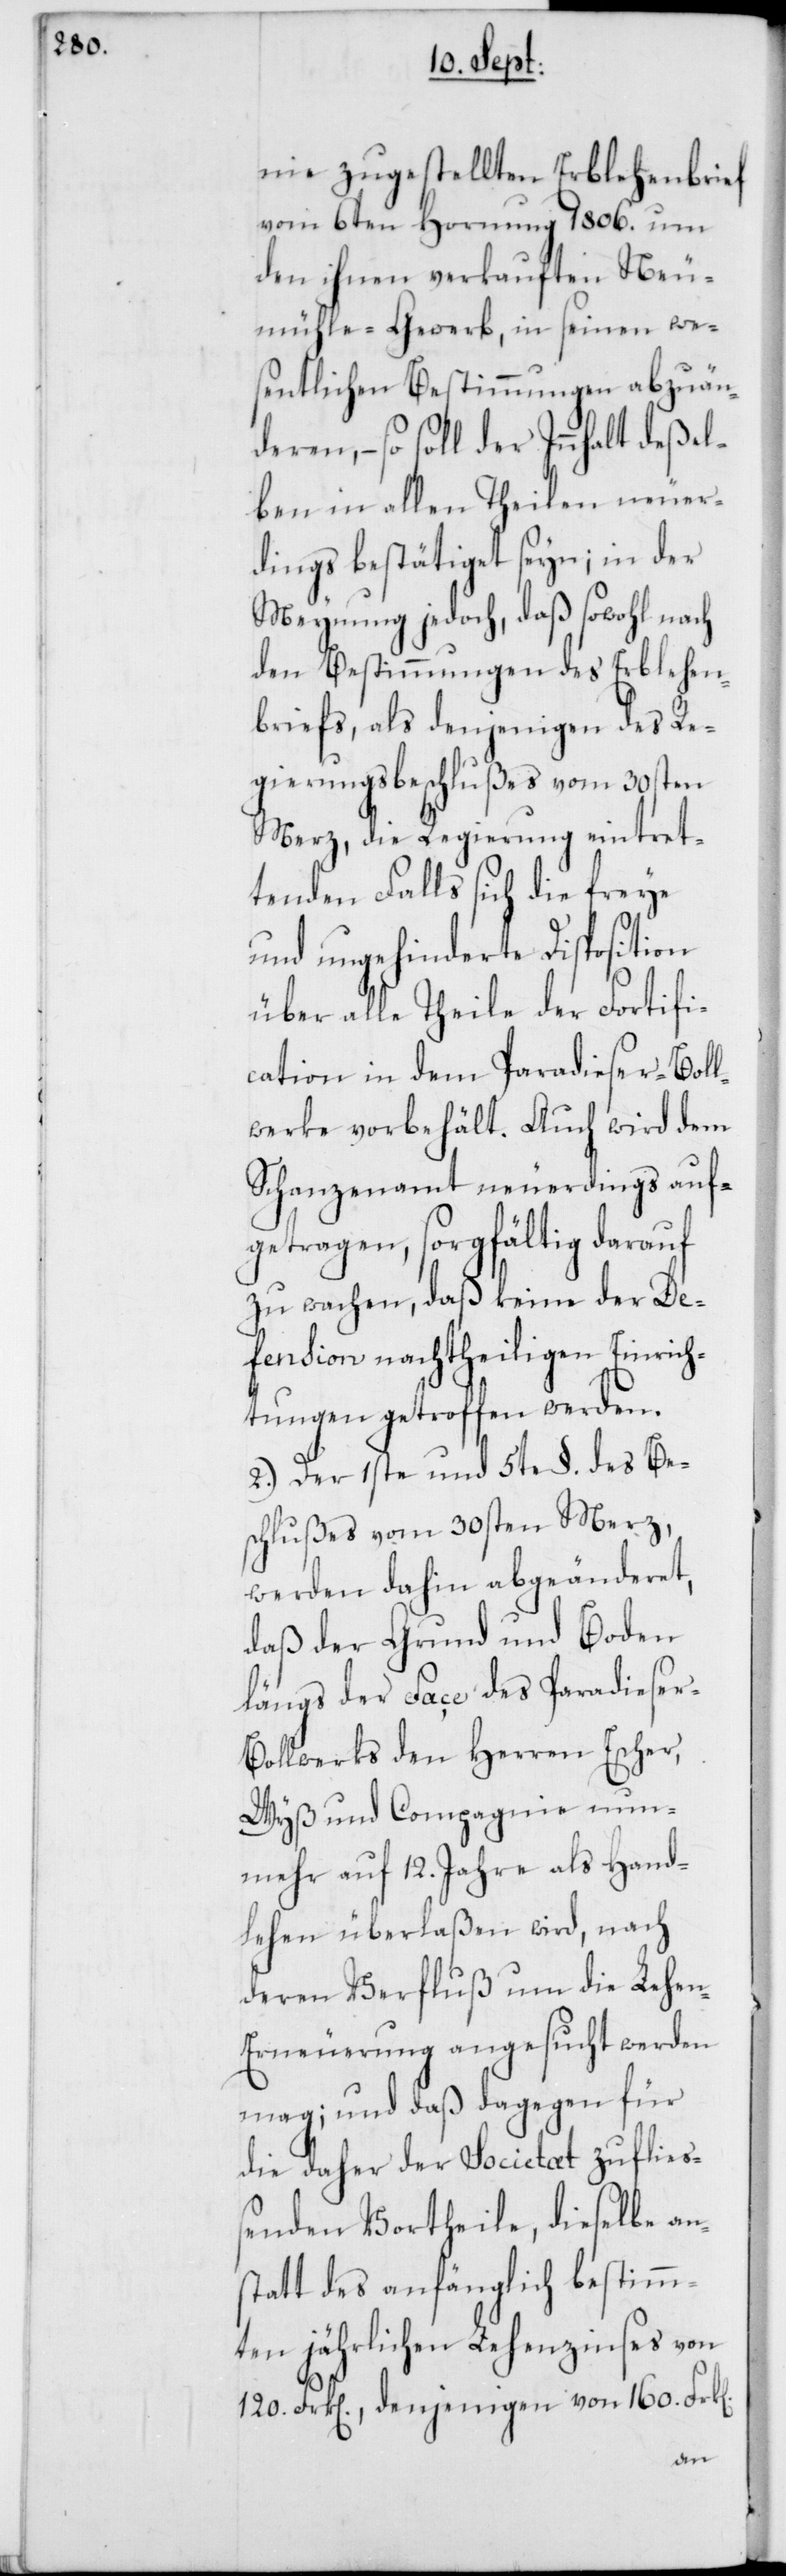
nie zugestellten Erblehenbrief
vom 6ten Hornung 1806. um
den ihnen verkauften Neu¬
mühle-Gewerb, in seinen we¬
sentlichen Bestimmungen abzuän¬
deren, – so soll der Innhalt deßel¬
ben in allen Theilen neuer¬
dings bestätiget seyn; in der
Meynung jedoch, daß sowohl nach
den Bestimmungen des Erblehen¬
briefs, als denjenigen des Re¬
gierungsbeschlußes vom 30sten
Merz, die Regierung eintret¬
tenden Falls sich die freye
und ungehinderete Disposition
über alle Theile der Fortifi¬
cation in dem Paradieser-Boll¬
werke vorbehält. Auch wird dem
Schanzenamt neuerdings auf¬
getragen, sorgfältig darauf
zu wachen, daß keine der De¬
fension nachtheiligen Einrich¬
tungen getroffen werden.
2.) Der 1ste und 5te §. des Be¬
schlußes vom 30sten Merz,
werden dahin abgeänderet,
daß der Grund und Boden
längs der Face des Paradieser-B¬
ollwerks den Herren Escher,
Wyß und Compagnie nun¬
mehr auf 12. Jahre als Hand¬
lehen überlaßen wird, nach
deren Verfluß um die Lehe¬
n-Erneuerung angesucht werden
mag; und daß dagegen für
die daher der Societaet zuflie¬
ßenden Vortheile, dieselbe an¬
statt des anfänglich bestimm¬
ten jährlichen Lehenzinses von
120. Frk[en]., denjenigen von 160. Frk[e¬
n].